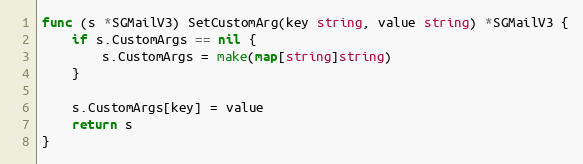
Language: Go
func (s *SGMailV3) SetCustomArg(key string, value string) *SGMailV3 {
	if s.CustomArgs == nil {
		s.CustomArgs = make(map[string]string)
	}

	s.CustomArgs[key] = value
	return s
}